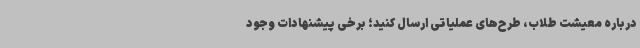
درباره معیشت طلاب، طرح‌های عملیاتی ارسال کنید؛ برخی پیشنهادات وجود